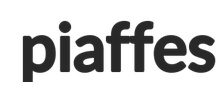
piaffes